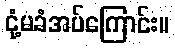
ငုံ့မခံအပ်ကြောင်း။